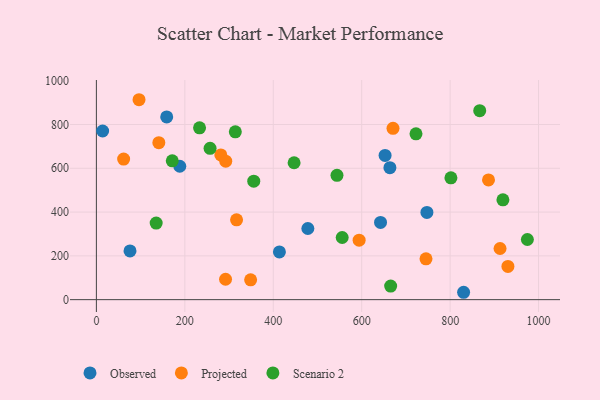
{"axis": {"x": "Investment", "y": "Rating"}, "legend": ["Observed", "Projected", "Scenario 2"], "data": [{"x": "14.1", "y": 770.4, "type": "Observed"}, {"x": "188.6", "y": 609.3, "type": "Observed"}, {"x": "159.0", "y": 834.7, "type": "Observed"}, {"x": "413.9", "y": 217.9, "type": "Observed"}, {"x": "830.5", "y": 33.7, "type": "Observed"}, {"x": "478.2", "y": 325.0, "type": "Observed"}, {"x": "747.5", "y": 398.6, "type": "Observed"}, {"x": "642.6", "y": 352.7, "type": "Observed"}, {"x": "76.0", "y": 222.4, "type": "Observed"}, {"x": "652.9", "y": 658.9, "type": "Observed"}, {"x": "663.8", "y": 602.9, "type": "Observed"}, {"x": "930.7", "y": 152.0, "type": "Projected"}, {"x": "594.2", "y": 271.6, "type": "Projected"}, {"x": "317.0", "y": 364.5, "type": "Projected"}, {"x": "96.4", "y": 913.2, "type": "Projected"}, {"x": "141.2", "y": 717.1, "type": "Projected"}, {"x": "670.8", "y": 782.4, "type": "Projected"}, {"x": "348.8", "y": 90.5, "type": "Projected"}, {"x": "292.1", "y": 93.2, "type": "Projected"}, {"x": "886.8", "y": 547.0, "type": "Projected"}, {"x": "281.4", "y": 661.0, "type": "Projected"}, {"x": "292.5", "y": 632.4, "type": "Projected"}, {"x": "745.4", "y": 186.7, "type": "Projected"}, {"x": "912.9", "y": 233.6, "type": "Projected"}, {"x": "61.6", "y": 642.2, "type": "Projected"}, {"x": "974.7", "y": 274.7, "type": "Scenario 2"}, {"x": "171.6", "y": 634.0, "type": "Scenario 2"}, {"x": "919.4", "y": 455.8, "type": "Scenario 2"}, {"x": "722.8", "y": 757.6, "type": "Scenario 2"}, {"x": "801.8", "y": 556.5, "type": "Scenario 2"}, {"x": "555.9", "y": 283.8, "type": "Scenario 2"}, {"x": "665.5", "y": 61.8, "type": "Scenario 2"}, {"x": "544.1", "y": 568.0, "type": "Scenario 2"}, {"x": "355.9", "y": 541.0, "type": "Scenario 2"}, {"x": "257.1", "y": 691.3, "type": "Scenario 2"}, {"x": "866.9", "y": 863.4, "type": "Scenario 2"}, {"x": "135.2", "y": 349.8, "type": "Scenario 2"}, {"x": "447.1", "y": 625.3, "type": "Scenario 2"}, {"x": "314.2", "y": 766.5, "type": "Scenario 2"}, {"x": "233.3", "y": 785.0, "type": "Scenario 2"}]}